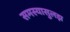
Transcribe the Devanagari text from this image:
समस्यासुलझ